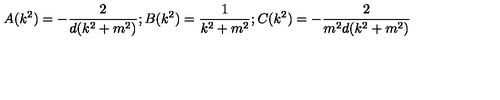
A ( k ^ { 2 } ) = - \frac { 2 } { d ( k ^ { 2 } + m ^ { 2 } ) } ; B ( k ^ { 2 } ) = \frac { 1 } { k ^ { 2 } + m ^ { 2 } } ; C ( k ^ { 2 } ) = - \frac { 2 } { m ^ { 2 } d ( k ^ { 2 } + m ^ { 2 } ) }